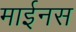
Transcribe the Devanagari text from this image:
माईनस